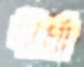
দীর্ঘা